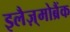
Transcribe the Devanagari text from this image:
इलैज़्मोब्रैंक